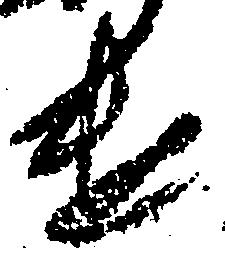
け